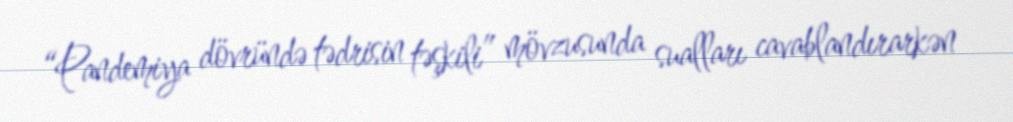
“Pandemiya dövründə tədrisin təşkili” mövzusunda sualları cavablandırarkən